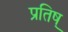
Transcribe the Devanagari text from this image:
प्रतिष्